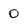
Character: 0